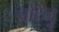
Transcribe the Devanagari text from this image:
बोटेजु